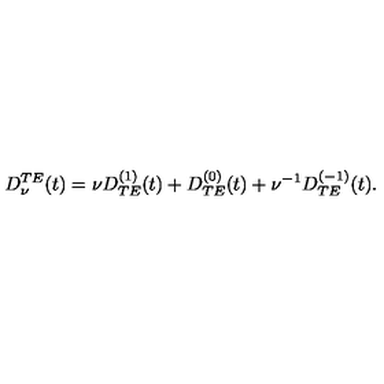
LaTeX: \begin{array} { c } { \displaystyle { D _ { \nu } ^ { T E } ( t ) = \nu D _ { T E } ^ { ( 1 ) } ( t ) + D _ { T E } ^ { ( 0 ) } ( t ) + \nu ^ { - 1 } D _ { T E } ^ { ( - 1 ) } ( t ) . } } \\ \end{array}